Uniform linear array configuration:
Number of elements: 16
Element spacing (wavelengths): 1
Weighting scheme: hamming
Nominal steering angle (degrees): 0
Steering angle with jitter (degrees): -1.39
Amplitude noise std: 0.05
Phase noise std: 0.05

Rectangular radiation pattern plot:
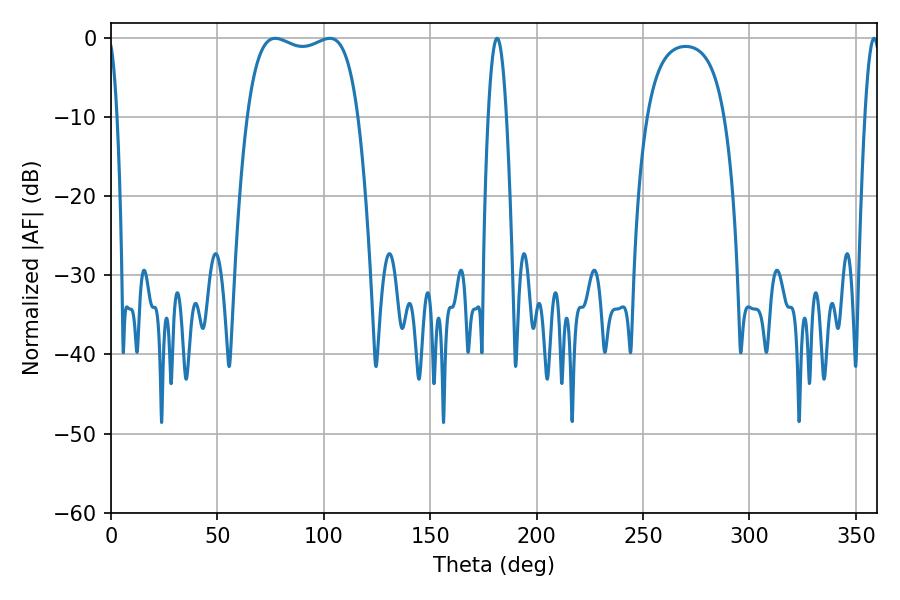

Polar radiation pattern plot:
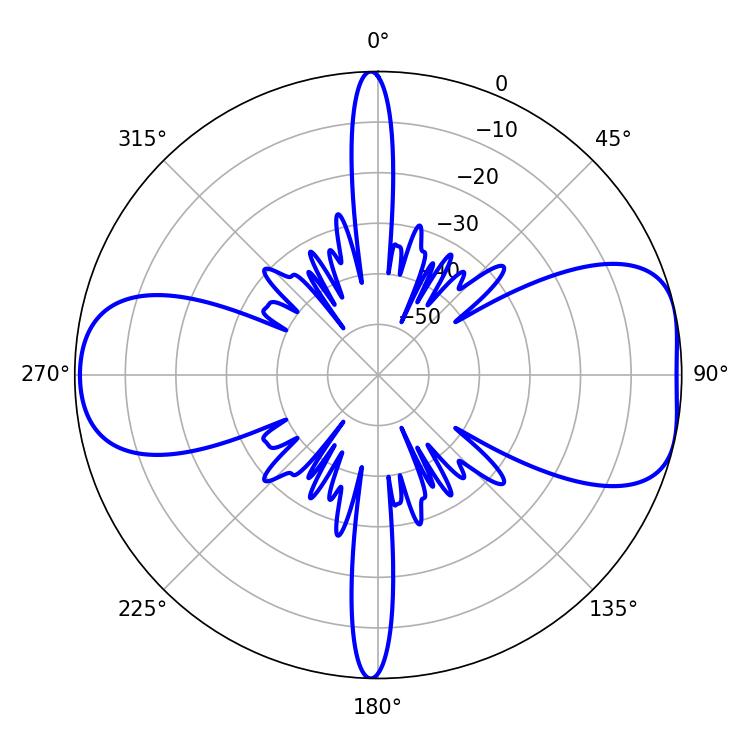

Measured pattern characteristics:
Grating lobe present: TRUE
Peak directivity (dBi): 7.797
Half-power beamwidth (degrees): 42.12
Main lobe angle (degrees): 77.22